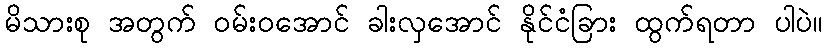
မိသားစု အတွက် ဝမ်းဝအောင် ခါးလှအောင် နိုင်ငံခြား ထွက်ရတာ ပါပဲ။